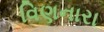
વિણનારા